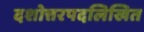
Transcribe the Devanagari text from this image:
दशोत्तरपदलिखित